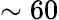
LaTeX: \sim 60